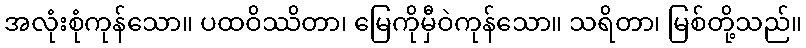
အလုံးစုံကုန်သော။ ပထဝိဿိတာ၊ မြေကိုမှီဝဲကုန်သော။ သရိတာ၊ မြစ်တို့သည်။